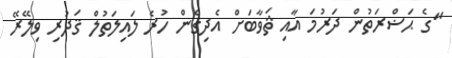
"ގެ ޙަޟްރަތުން ދަރުމަ އާއި ޘަވާބަށް އެދިގެން ހުރެ ލައިލަތުލް ޤަދުރި ވިލޭރޭ